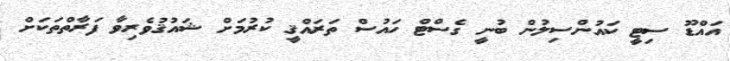
އައްޑޫ ސިޓީ ކައުންސިލުން ބުނީ ގެސްޓް ހައުސް ތަރައްޤީ ކުރުމަށް ޝައުުޤުވެރިވާ ފަރާތްތަކަށް